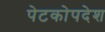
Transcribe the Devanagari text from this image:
पेटकोपदेश